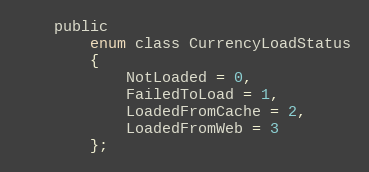
Language: C
    public
        enum class CurrencyLoadStatus
        {
            NotLoaded = 0,
            FailedToLoad = 1,
            LoadedFromCache = 2,
            LoadedFromWeb = 3
        };